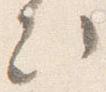
次